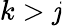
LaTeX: k>\mathit{j}